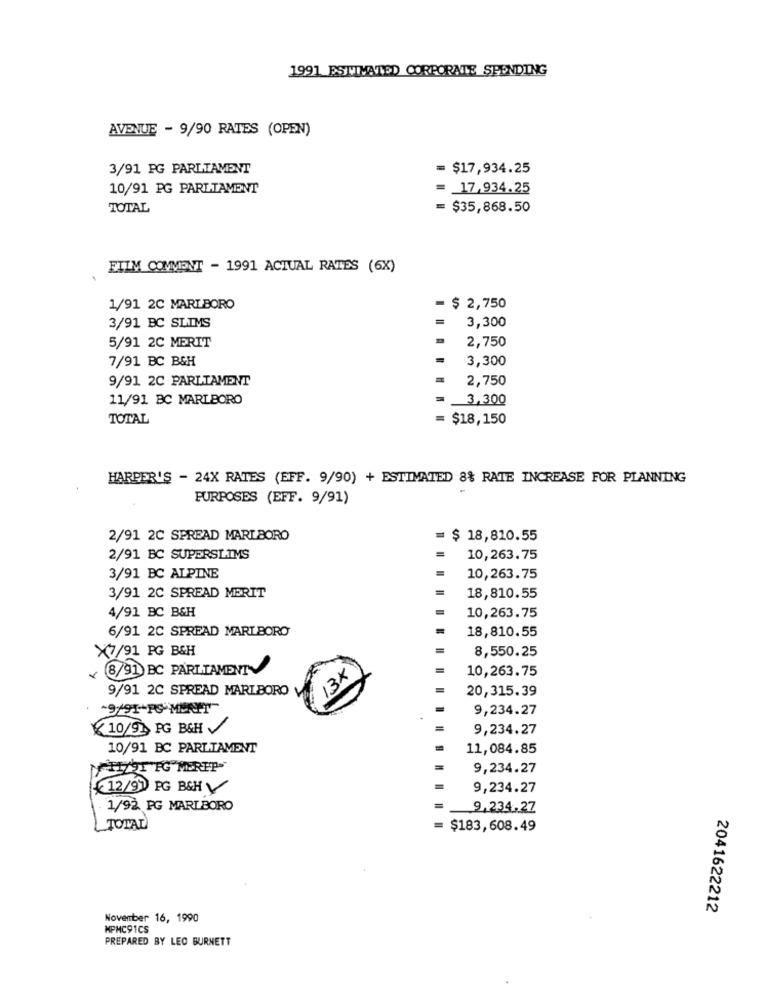
1991 ESTIMATED CORPORATE SPENDING
AVENUE - 9/90 RATES (OPEN)
3/91 PG PARLIAMENT
= $17,934.25
10/91 PG PARLIAMENT
17,934.25
TOTAL
= $35,868.50
FILM COMMENT - 1991 ACTUAL RATES (6X)
1/91 2C MARLBORO
= $ 2,750
3,300
3/91 BC SLIMS
5/91 2C MERIT
2,750
7/91 BC B&H
3,300
9/91 2C PARLIAMENT
2,750
11/91 BC MARLBORO
3,300
TOTAL
= $18,150
HARPER'S - 24X RATES (EFF. 9/90) + ESTIMATED 8% RATE INCREASE FOR PLANNING
PURPOSES (EFF. 9/91)
2/91 2C SPREAD MARLBORO
= $ 18,810.55
2/91 BC SUPERSLIMS
10,263.75
3/91 BC ALPINE
10,263.75
3/91 2C SPREAD MERIT
18,810.55
4/91 BC B&H
10,263.75
6/91 2C SPREAD MARLBORO
18,810.55
X7/91 PG B&H
8,550.25
13X
8/91 BC PARLIAMENT
10,263.75
9/91 2C SPREAD MARLBORO
20,315.39
9,234.27
10/91 PG B&H /
9,234.27
10/91 BC PARLIAMENT
11,084.85
MIT TG MERTP
9,234.27
12/91 PG B&H
9,234.27
1/92 PG MARLBORO
9,234.27
TOTAL
$183,608.49
2041622212
November 16, 1990
MPMC91CS
PREPARED BY LEO BURNETT